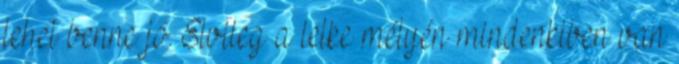
lehet benne jó. Elvileg a lelke mélyén mindenkiben van